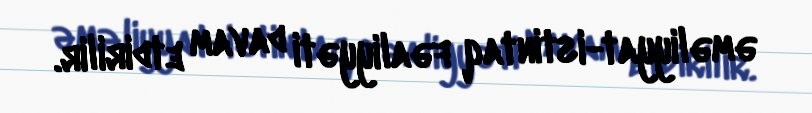
əməliyyat-istintaq fəaliyyəti davam etdirilir.